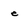
Character: e